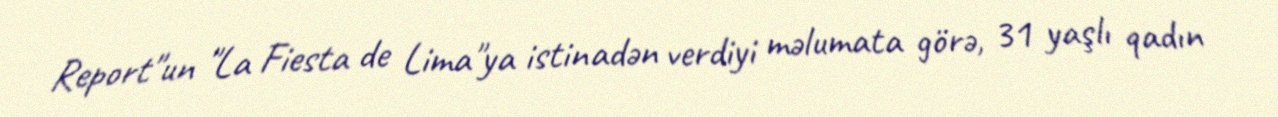
Report"un "La Fiesta de Lima"ya istinadən verdiyi məlumata görə, 31 yaşlı qadın